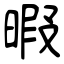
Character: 暇